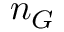
n _ { G }